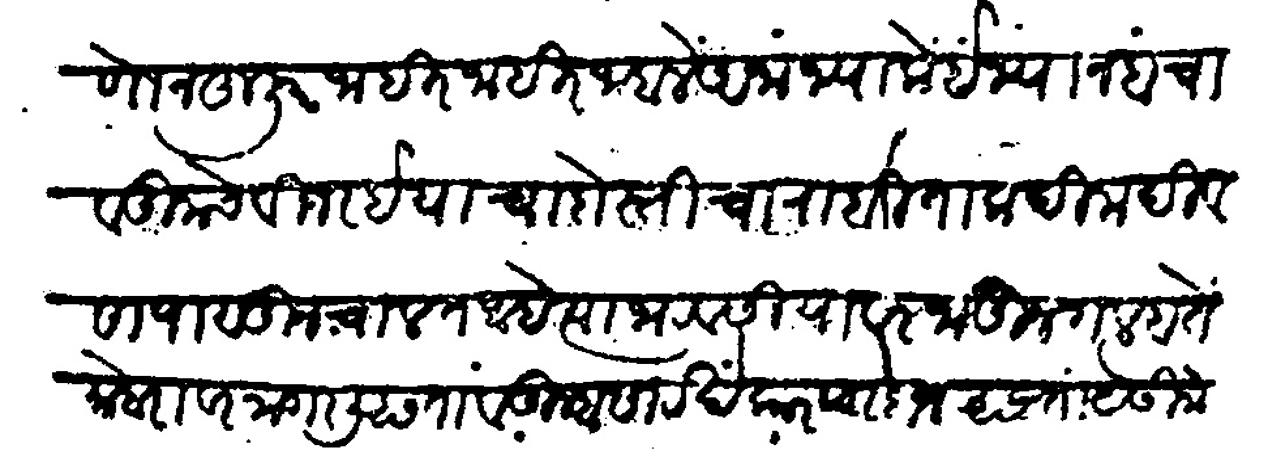
Transliteration (Devanagari): म्हणोन हुजूर जाहीर जाहाले अनास्था इज्यानेबचा व तुमचे विजरई याचा दोस्तीचा राबता कदीम दिवसांपासून चालत आहे त्या भरवसीयावर जाऊन गलबते मोबरावर नांगरली असता व तुम्हासारखे कारपरदाज असता यैसी